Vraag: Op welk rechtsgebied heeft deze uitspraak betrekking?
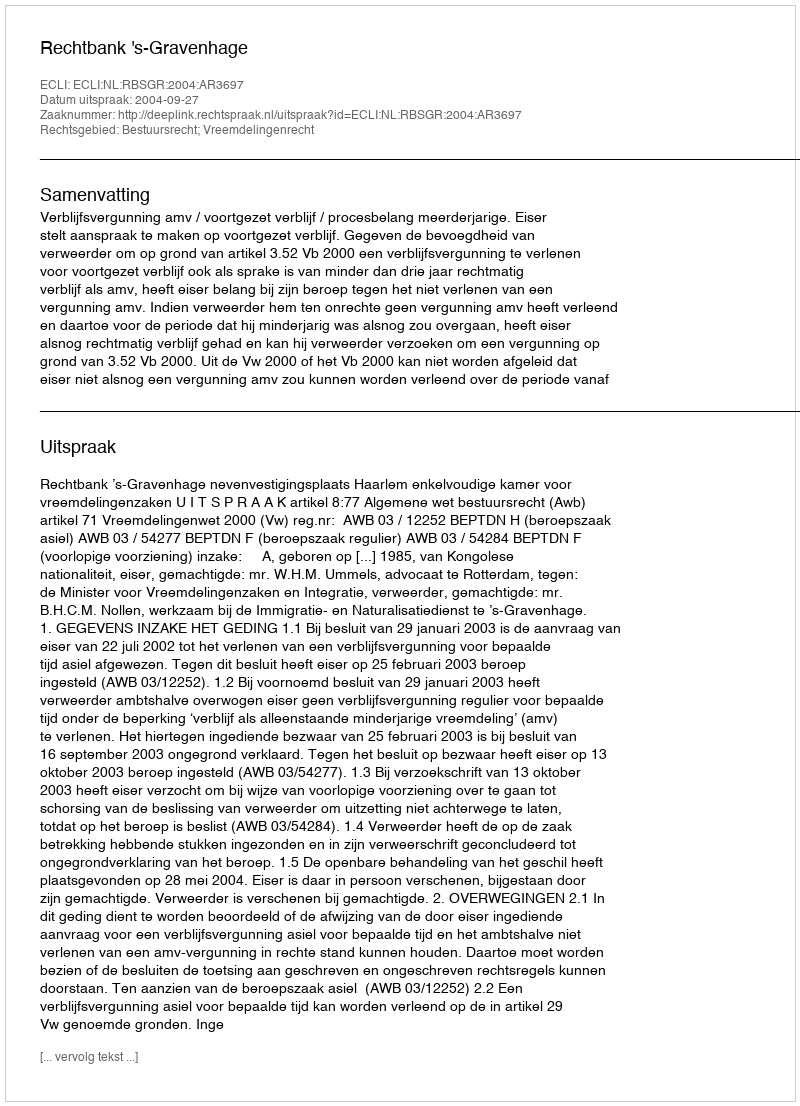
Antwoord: Bestuursrecht; Vreemdelingenrecht